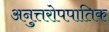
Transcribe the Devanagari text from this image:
अनुत्तरोपपातिक